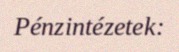
Pénzintézetek: